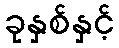
ခုနှစ်နှင့်